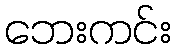
ဘေးကင်း